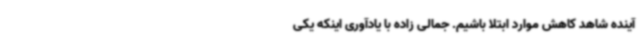
آینده شاهد کاهش موارد ابتلا باشیم. جمالی زاده با یادآوری اینکه یکی